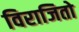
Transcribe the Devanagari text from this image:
विराजितो